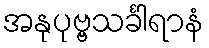
အနုပုဗ္ဗသင်္ခါရာနံ